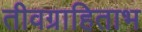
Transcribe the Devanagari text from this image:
तीवग्राहिताभ